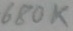
Text: 680K